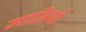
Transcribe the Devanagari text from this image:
मालियो